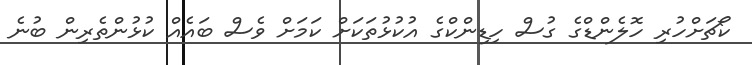
ކޯޗަށްހުރި ހޮލެންޑްގެ ގުސް ހިޑިންކްގެ އުކުޅުތަކަށް ކަމަށް ވެސް ބައެއް ކުޅުންތެރިން ބުނެ